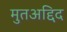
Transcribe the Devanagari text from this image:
मुतअद्दिद